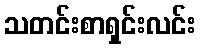
သတင်းစာရှင်းလင်း